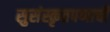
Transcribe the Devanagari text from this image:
सुसंस्कृतपणाची